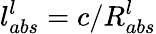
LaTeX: l_{abs}^{l}=c/R_{abs}^{l}